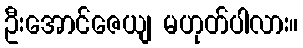
ဦးအောင်ဇေယျ မဟုတ်ပါလား။